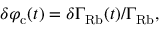
\delta \varphi _ { \mathrm { c } } ( t ) = \delta \Gamma _ { \mathrm { R b } } ( t ) / \Gamma _ { \mathrm { R b } } ,